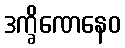
ဒက္ခိဏေနေဝ